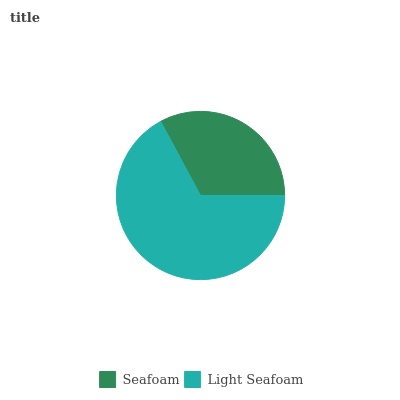
| Seafoam | Light Seafoam |
 | --- | --- |
 | 32.8% | 67.2% |